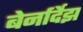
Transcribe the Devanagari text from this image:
बेर्नार्देझ